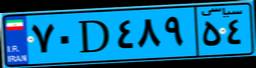
۷۰D۴۸۹۵۴